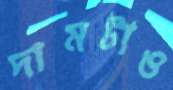
দামটাও